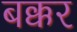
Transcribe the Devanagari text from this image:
बक्कर